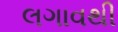
લગાવથી